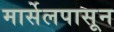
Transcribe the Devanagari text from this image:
मार्सेलपासून